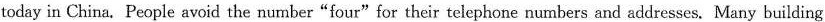
today in China. People avoid the number"four"for their telephone numbers and addresses. Many building